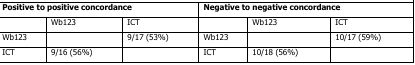
<table><thead><tr><td colspan="3"><b>Positive to positive concordance</b></td><td colspan="3"><b>Negative to negative concordance</b></td></tr></thead><tbody><tr><td></td><td>Wb123</td><td>ICT</td><td></td><td>Wb123</td><td>ICT</td></tr><tr><td>Wb123</td><td></td><td>9/17 (53%)</td><td>Wb123</td><td></td><td>10/17 (59%)</td></tr><tr><td>ICT</td><td>9/16 (56%)</td><td></td><td>ICT</td><td>10/18 (56%)</td><td></td></tr></tbody></table>